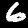
Digit: 6